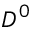
D ^ { 0 }